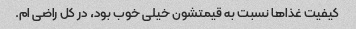
کیفیت غذاها نسبت به قیمتشون خیلی خوب بود، در کل راضی ام.